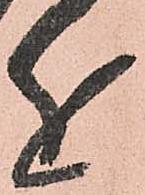
近